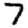
Digit: 7